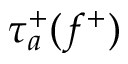
\tau _ { a } ^ { + } ( f ^ { + } )